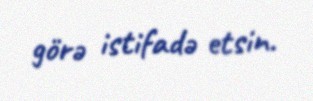
görə istifadə etsin.